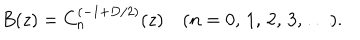
B ( z ) = C _ { n } ^ { ( - 1 + D / 2 ) } ( z ) \quad ( n = 0 , \, 1 , \, 2 , \, 3 , \, \ldots ) .